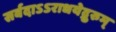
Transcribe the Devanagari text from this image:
सर्वदाऽऽराधयेद्गुरुम्